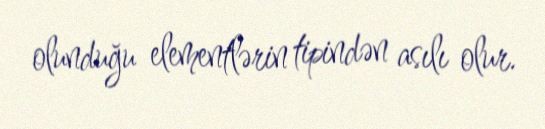
olunduğu elementlərin tipindən asılı olur.